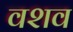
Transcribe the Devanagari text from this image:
वशव